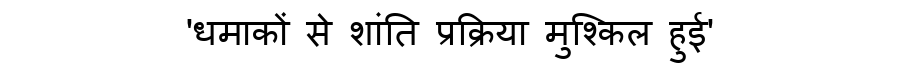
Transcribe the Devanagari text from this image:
'धमाकों से शांति प्रक्रिया मुश्किल हुई'